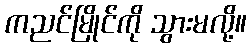
ကညင်မြိုင်ကို သွားမလို့။